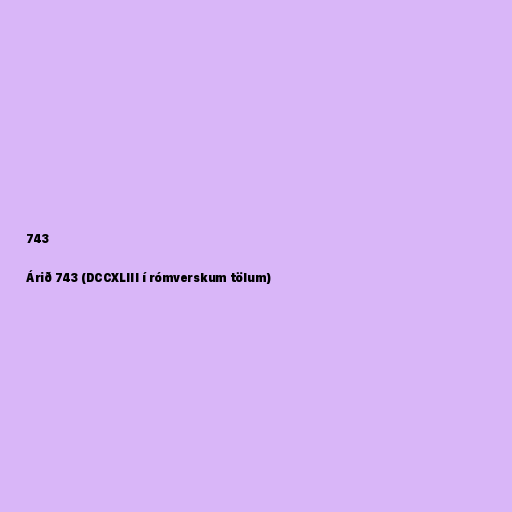
743

Árið 743 (DCCXLIII í rómverskum tölum)